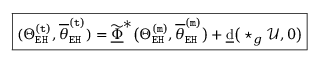
\boxed { ( \Theta _ { \mathtt { E H } } ^ { \mathtt { ( t ) } } , \overline { { \theta } } _ { \mathtt { E H } } ^ { \mathtt { ( t ) } } ) = \underline { { \widetilde { \Phi } } } ^ { * } \big ( \Theta _ { \mathtt { E H } } ^ { \mathtt { ( m ) } } , \overline { { \theta } } _ { \mathtt { E H } } ^ { \mathtt { ( m ) } } \big ) + \underline { { \mathrm { d } } } \big ( \star _ { g } \mathcal { U } , 0 \big ) }